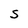
Character: S